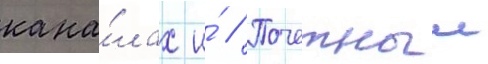
кана́лах и́ // Почетныи